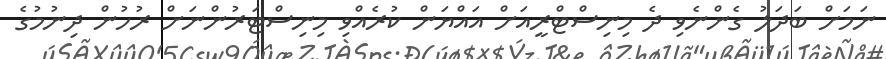
ނަމަށް ބަދަލު ގެންނެވި ދެ މިނިސްޓްރީއަށް އައްޔަން ކުރެއްވި މިނިސްޓަރުންނަށް ރުހުން ދިނުމުގެ